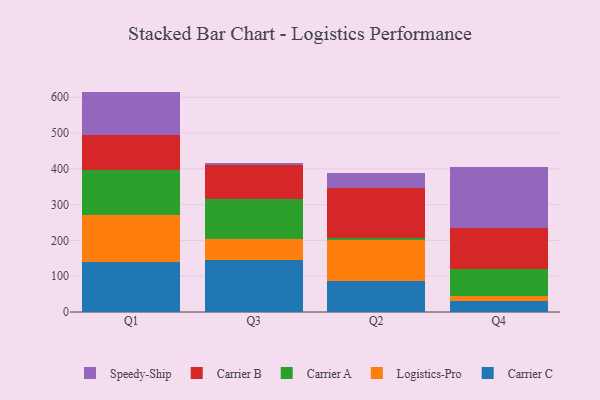
{"axis": {"x": "Quarter", "y": "Net Income (USD K)"}, "legend": ["Carrier A", "Carrier B", "Carrier C", "Logistics-Pro", "Speedy-Ship"], "data": [{"x": "Q1", "y": 138.5, "type": "Carrier C"}, {"x": "Q1", "y": 133.6, "type": "Logistics-Pro"}, {"x": "Q1", "y": 123.8, "type": "Carrier A"}, {"x": "Q1", "y": 97.5, "type": "Carrier B"}, {"x": "Q1", "y": 122.3, "type": "Speedy-Ship"}, {"x": "Q3", "y": 144.8, "type": "Carrier C"}, {"x": "Q3", "y": 58.1, "type": "Logistics-Pro"}, {"x": "Q3", "y": 113.5, "type": "Carrier A"}, {"x": "Q3", "y": 93.4, "type": "Carrier B"}, {"x": "Q3", "y": 6.7, "type": "Speedy-Ship"}, {"x": "Q2", "y": 86.0, "type": "Carrier C"}, {"x": "Q2", "y": 115.0, "type": "Logistics-Pro"}, {"x": "Q2", "y": 7.1, "type": "Carrier A"}, {"x": "Q2", "y": 138.5, "type": "Carrier B"}, {"x": "Q2", "y": 41.2, "type": "Speedy-Ship"}, {"x": "Q4", "y": 30.3, "type": "Carrier C"}, {"x": "Q4", "y": 15.7, "type": "Logistics-Pro"}, {"x": "Q4", "y": 74.2, "type": "Carrier A"}, {"x": "Q4", "y": 113.9, "type": "Carrier B"}, {"x": "Q4", "y": 171.0, "type": "Speedy-Ship"}]}